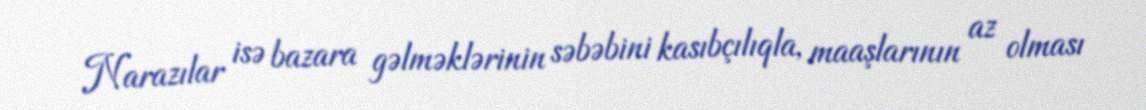
Narazılar isə bazara gəlməklərinin səbəbini kasıbçılıqla, maaşlarının az olması